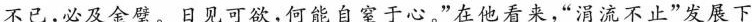
不已，必及金壁。日见可欲，何能自室于心。”在他看来，”消流不止”发展下